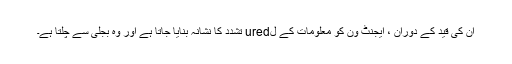
ان کی قید کے دوران ، ایجنٹ ون کو معلومات کے لured تشدد کا نشانہ بنایا جاتا ہے اور وہ بجلی سے چلتا ہے۔